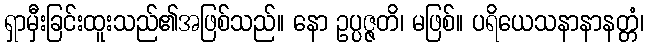
ရှာမှီးခြင်းထူးသည်၏အဖြစ်သည်။ နော ဥပ္ပဇ္ဇတိ၊ မဖြစ်။ ပရိယေသနာနာနတ္တံ၊